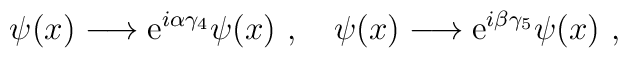
\psi(x)\longrightarrow{\mathrm e}^{i\alpha\gamma_{4}}\psi(x) \ ,  \quad\psi(x) \longrightarrow{\mathrm e}^{i\beta\gamma_{5}}\psi(x) \ ,